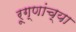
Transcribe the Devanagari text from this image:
रूग्णांच्या